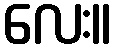
လေး။